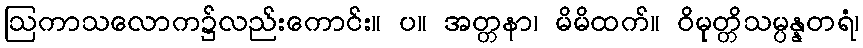
ဩကာသလောက၌လည်းကောင်း။ ပ။ အတ္တနာ၊ မိမိထက်။ ဝိမုတ္တိသမ္ပန္နတရံ၊